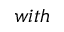
w i t h